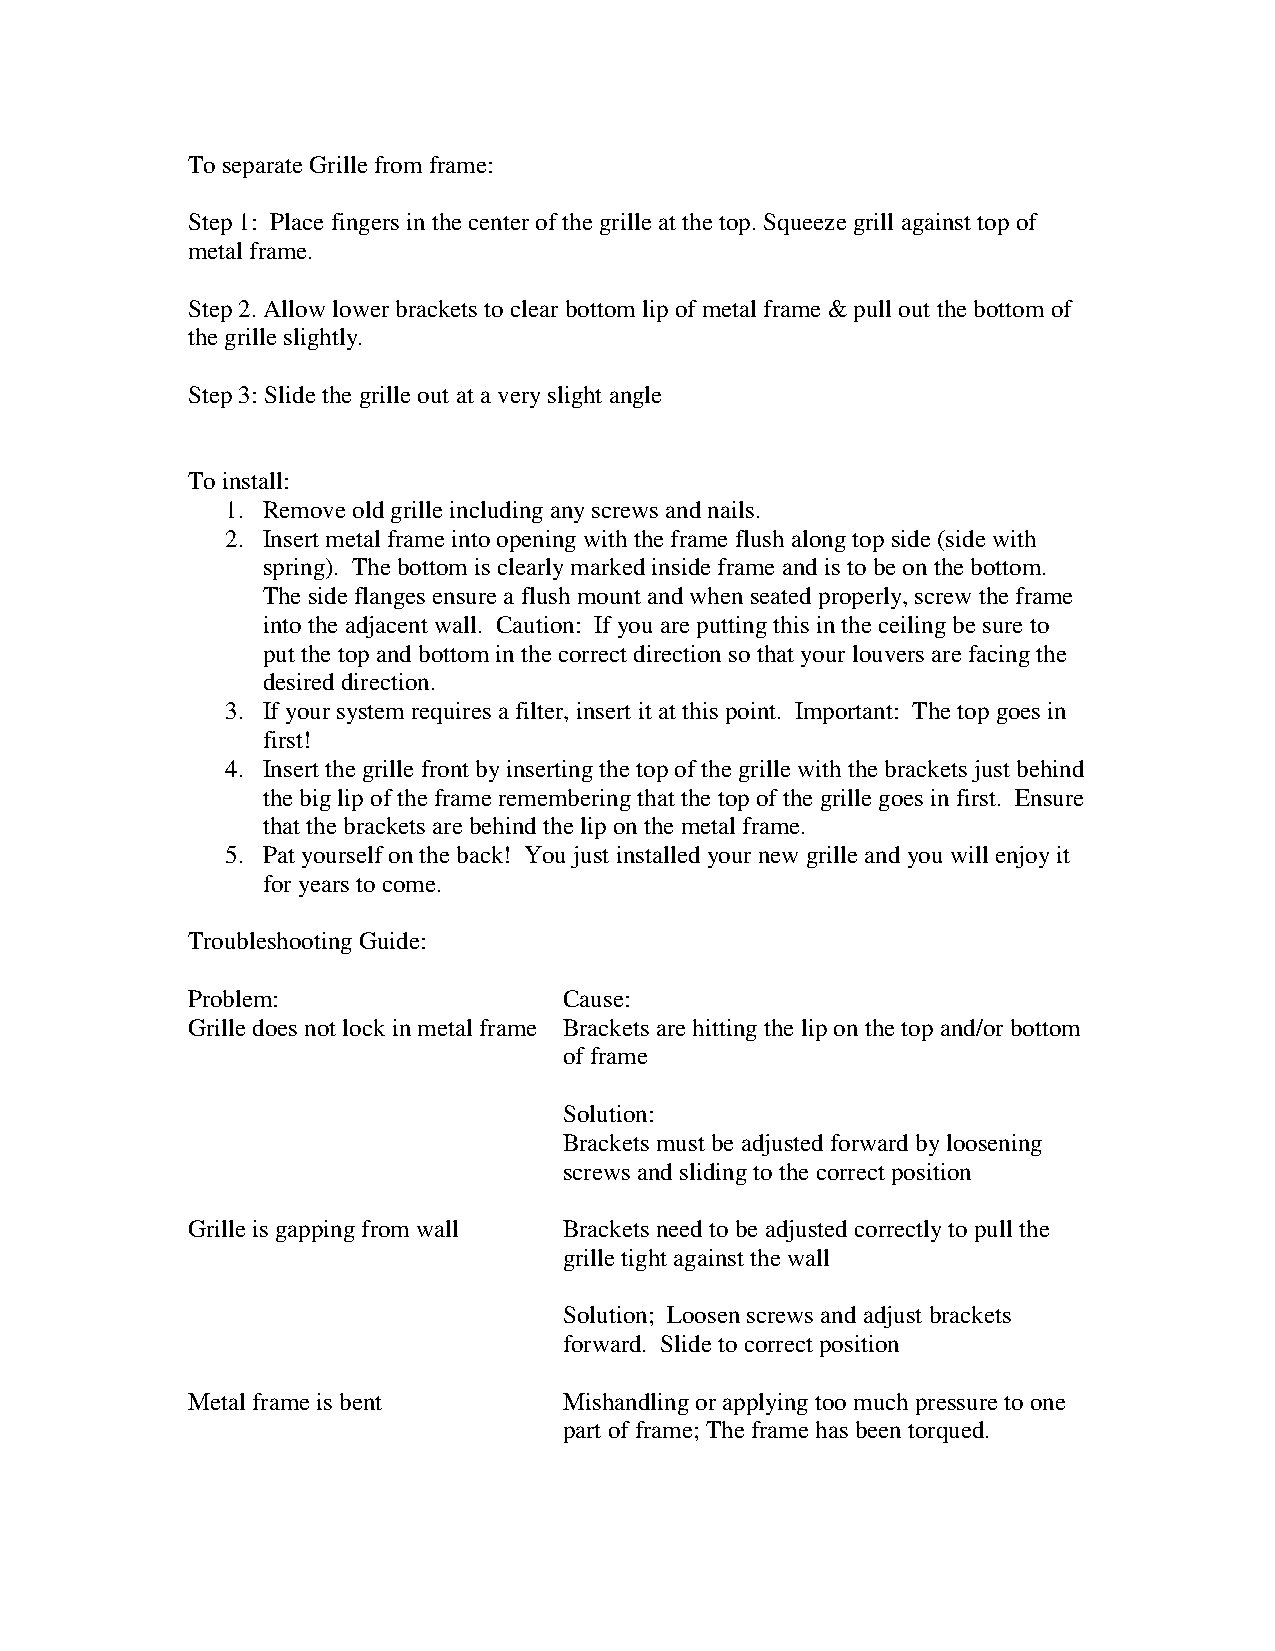
To separate Grille from frame:
 Step 1: Place fingers in the center of the grille at the top. Squeeze grill against top of
 metal frame.
 Step 2. Allow lower brackets to clear bottom lip of metal frame & pull out the bottom of
 the grille slightly.
 Step 3: Slide the grille out at a very slight angle
 To install:
 1. Remove old grille including any screws and nails.
 2. Insert metal frame into opening with the frame flush along top side (side with
 spring). The bottom is clearly marked inside frame and is to be on the bottom.
 The side flanges ensure a flush mount and when seated properly, screw the frame
 into the adjacent wall. Caution: If you are putting this in the ceiling be sure to
 put the top and bottom in the correct direction so that your louvers are facing the
 desired direction.
 3. If your system requires a filter, insert it at this point. Important: The top goes in
 first!
 4. Insert the grille front by inserting the top of the grille with the brackets just behind
 the big lip of the frame remembering that the top of the grille goes in first. Ensure
 that the brackets are behind the lip on the metal frame.
 5. Pat yourself on the back! You just installed your new grille and you will enjoy it
 for years to come.
 Troubleshooting Guide:
 Problem:                 Cause:
 Grille does not lock in metal frame Brackets are hitting the lip on the top and/or bottom
 of frame
 Solution:
 Brackets must be adjusted forward by loosening
 screws and sliding to the correct position
 Grille is gapping from wall Brackets need to be adjusted correctly to pull the
 grille tight against the wall
 Solution; Loosen screws and adjust brackets
 forward. Slide to correct position
 Metal frame is bent      Mishandling or applying too much pressure to one
 part of frame; The frame has been torqued.